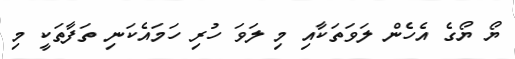
ޔޯ ޔޯގެ އެހެން ލަވަތަކާއި މި ލަވަ ހުރި ހަމައެކަނި ތަފާތަކީ މި